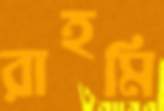
রাহমি